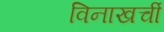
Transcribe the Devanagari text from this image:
विनाखर्ची